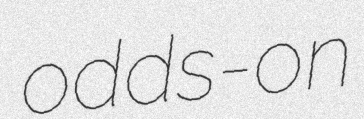
odds-on